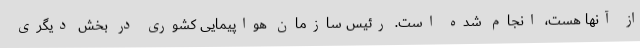
از آنها هست، انجام شده است. رئیس سازمان هواپیمایی کشوری در بخش دیگری